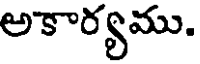
అకార్యము.